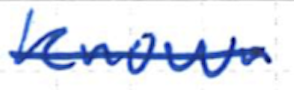
Text: known
Cross-out: single-line
Writing tool: ballpoint